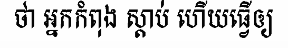
ថា អ្នកកំពុង ស្តាប់ ហើយធ្វើឲ្យ